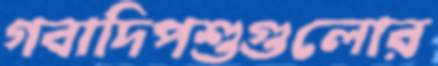
গবাদিপশুগুলোর